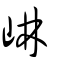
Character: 崊